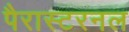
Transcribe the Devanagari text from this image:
पैरास्टरनल